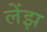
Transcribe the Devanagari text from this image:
लेंझ